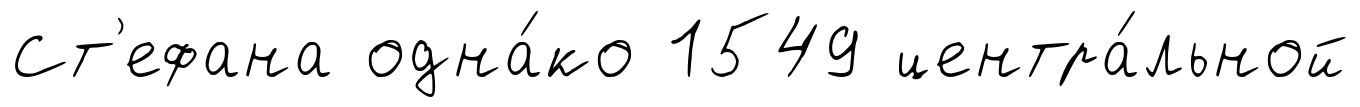
Ст'ефана одна́ко 1549 центра́льной